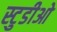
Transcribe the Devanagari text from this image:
स्टुडीओ